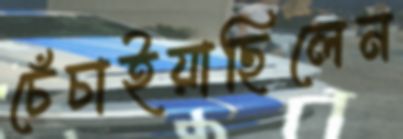
চেঁচাইয়াছিলেন